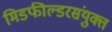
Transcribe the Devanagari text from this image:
मिडफील्डरसंयुक्त